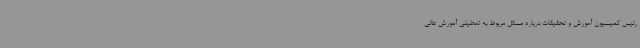
رئیس کمیسیون آموزش و تحقیقات درباره مسائل مربوط به تعطیلی آموزش عالی